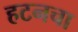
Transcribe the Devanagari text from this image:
हटनचा